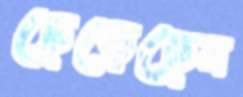
ছেড়েছেন